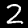
Digit: 2